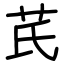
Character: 芪